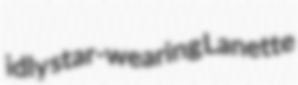
idly star-wearing Lanette